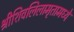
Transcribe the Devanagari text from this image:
श्रीशिवलिलामृतामध्ये